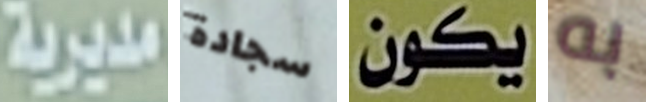
مديرية سجادة يكون به